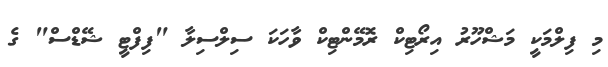
މި ފިލްމަކީ މަޝްހޫރު އިރޯޓިކް ރޮމޭންޓިކް ވާހަކަ ސިލްސިލާ "ފިފްޓީ ޝޭޑްސް" ގެ